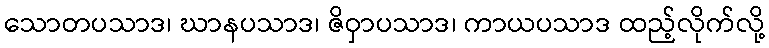
သောတပသာဒ၊ ဃာနပသာဒ၊ ဇိဝှာပသာဒ၊ ကာယပသာဒ ထည့်လိုက်လို့